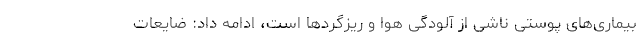
بیماری‌های پوستی ناشی از آلودگی هوا و ریزگردها است، ادامه داد: ضایعات